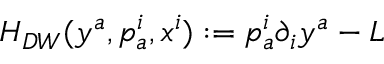
H _ { D W } ( y ^ { a } , p _ { a } ^ { i } , x ^ { i } ) : = p _ { a } ^ { i } \partial _ { i } y ^ { a } - L